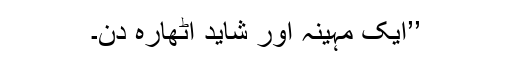
’’ایک مہینہ اور شاید اٹھارہ دن۔